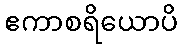
ဧကာစရိယောပိ